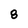
Character: 8